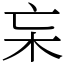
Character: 杗